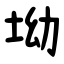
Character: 坳